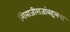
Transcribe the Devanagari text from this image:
शिवाजीराजांबद्दलचा